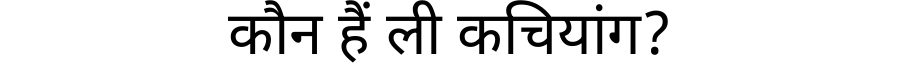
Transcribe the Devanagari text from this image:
कौन हैं ली कचियांग?